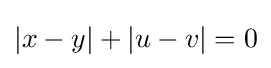
|x-y|+|u-v|=0